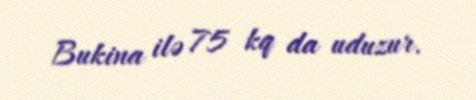
Bukina ilə 75 kq da uduzur.